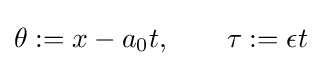
\theta :=x-a_{0}t,\qquad \tau :=\epsilon t